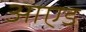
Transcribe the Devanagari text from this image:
आएड